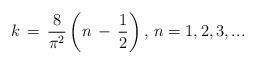
LaTeX: \begin{align*}k\,=\,\frac{8}{\pi ^{2}}\left( n\,-\,\frac{1}{2}\right) ,\,n=1,2,3,...\end{align*}